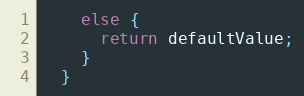
Language: Java
    else {
      return defaultValue;
    }
  }